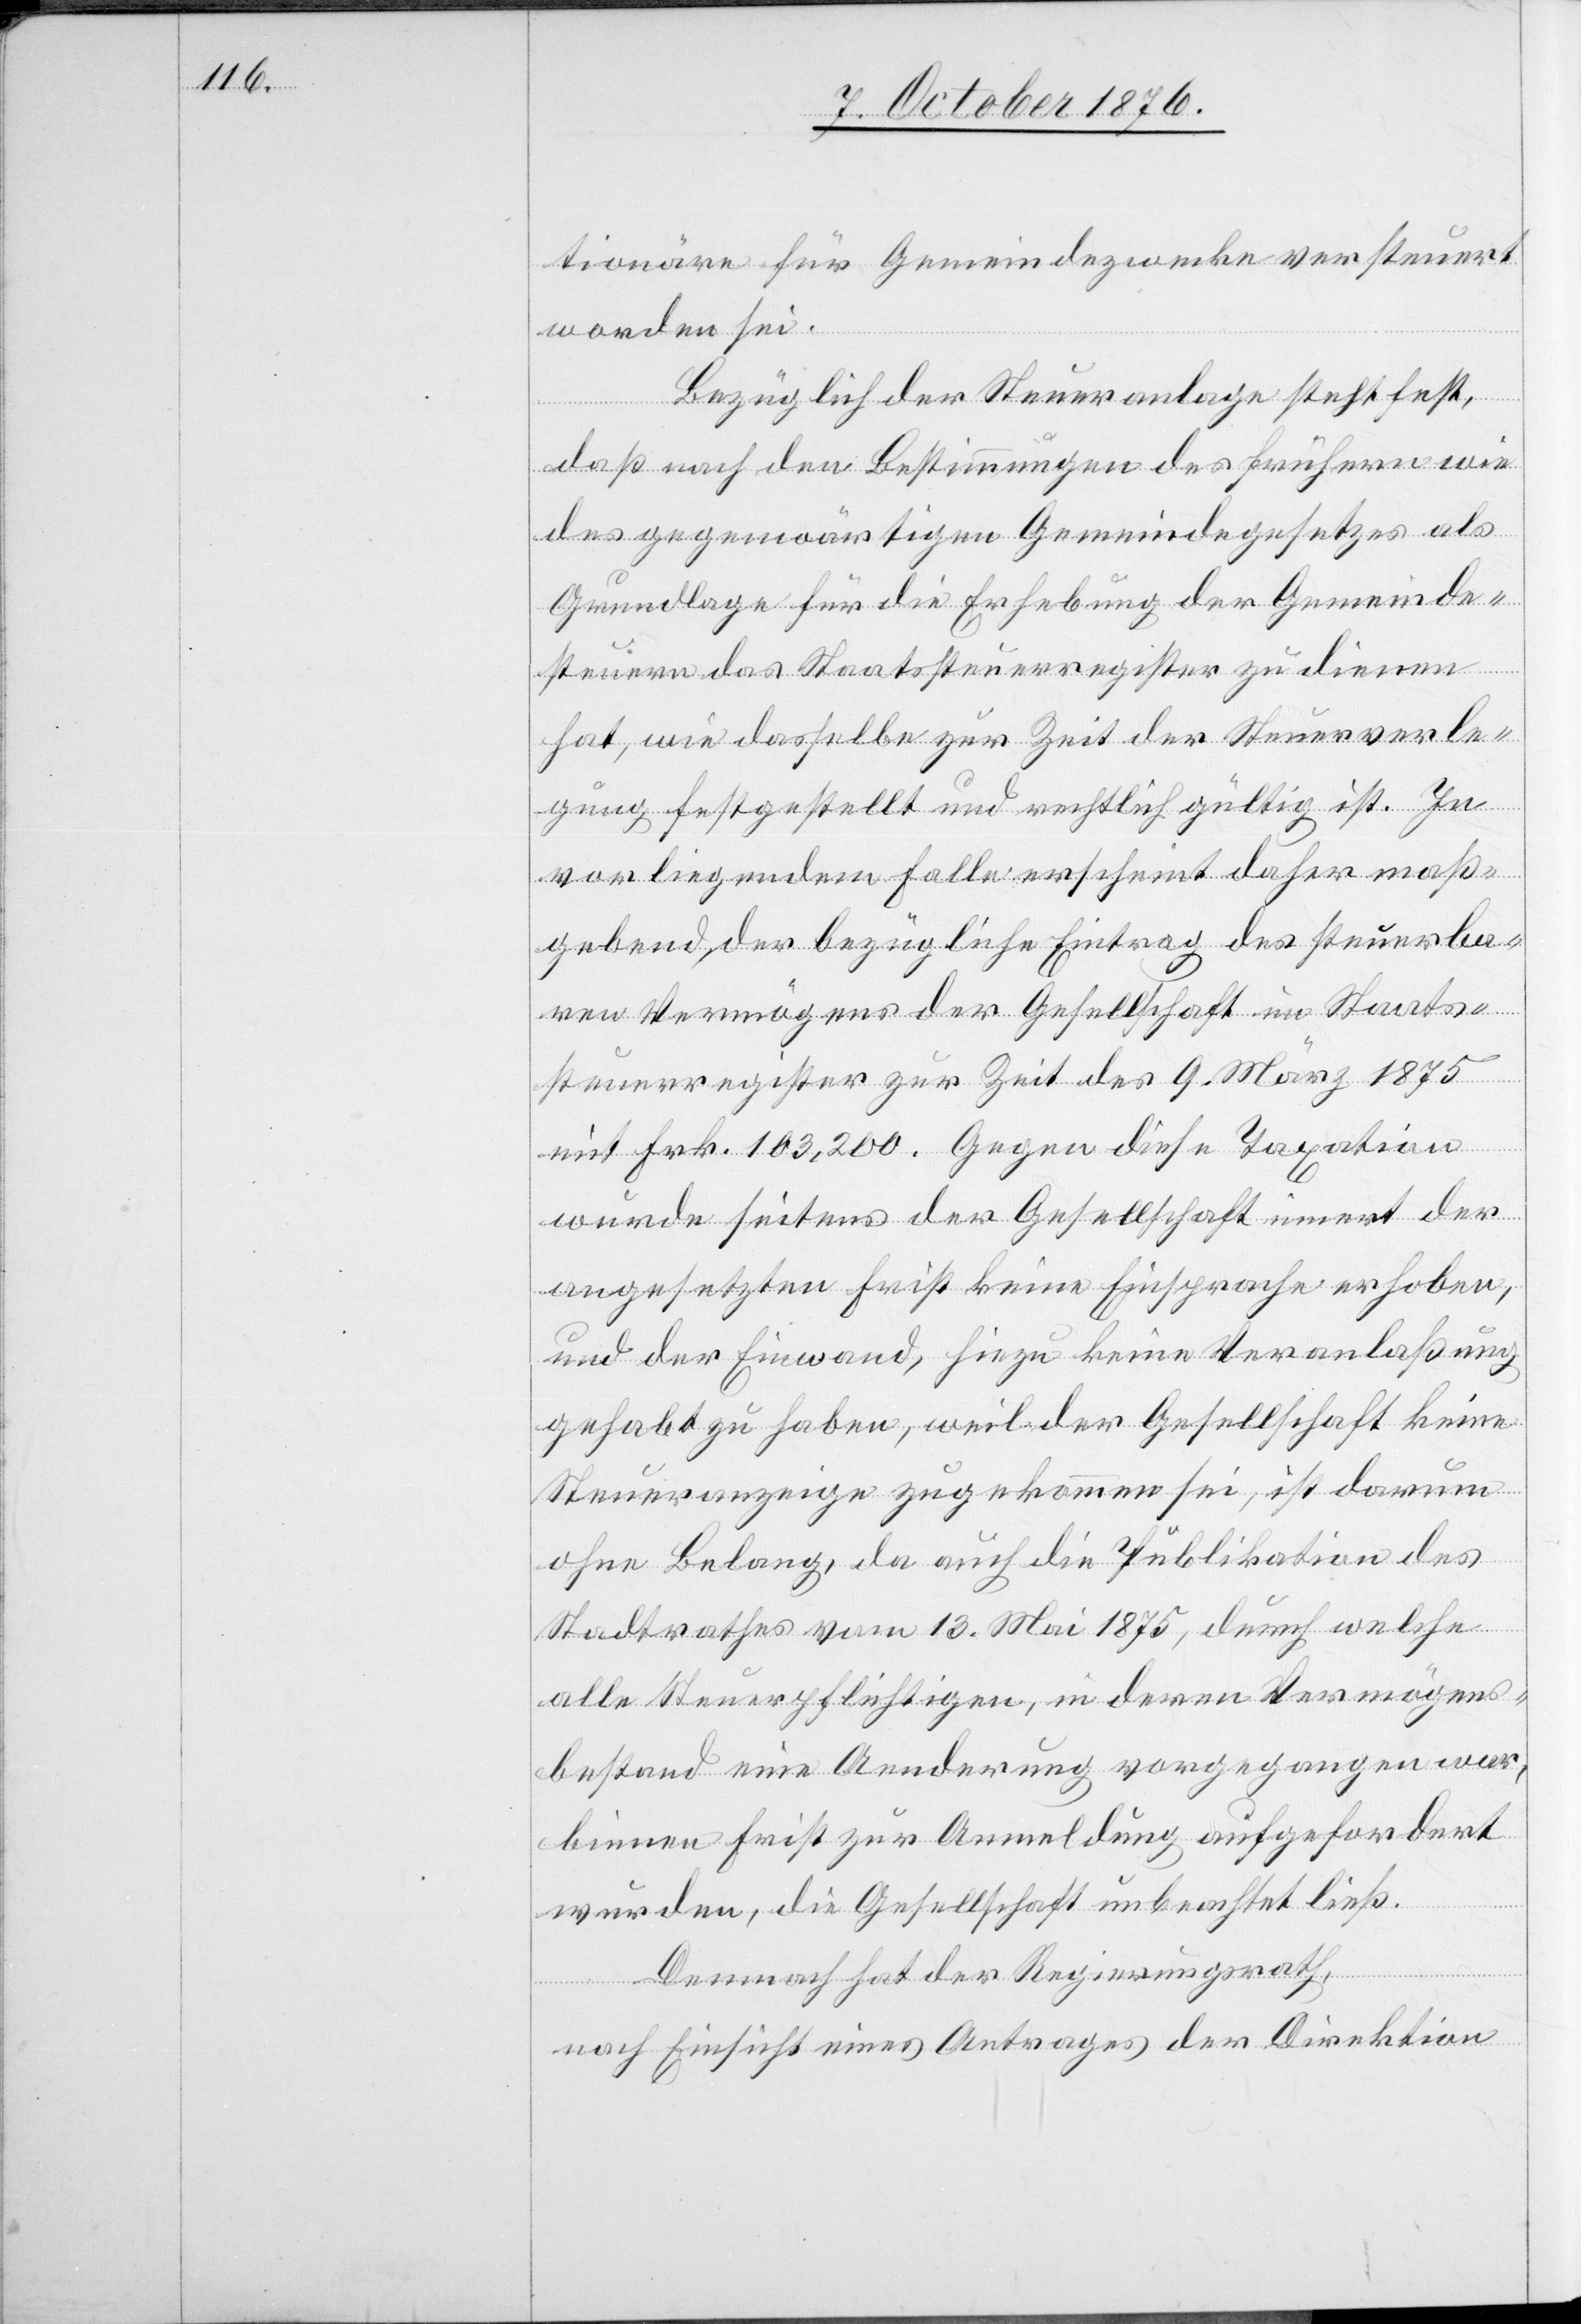
tionäre für Gemeindezwecke versteuert
worden sei.
Bezüglich der Steueranlage steht fest,
daß nach den Bestimmungen des frühern wie
des gegenwärtigen Gemeindegesetzes als
Grundlage für die Erhebung der Gemeinde¬
steuern das Staatssteuerregister zu dienen
hat, wie dasselbe zur Zeit der Steuerverle¬
gung festgestellt und rechtlich gültig ist. In
vorliegendem Falle erscheint daher maß¬
gebend, der bezügliche Eintrag des steuerba¬
ren Vermögens der Gesellschaft im Staats¬
steuerregister zur Zeit des 9. März 1875
mit Frk. 103,200. Gegen diese Taxation
wurde seitens der Gesellschaft innert der
angesetzten Frist keine Einsprache erhoben,
und der Einwand, hiezu keine Veranlaßung
gehabt zu haben, weil der Gesellschaft keine
Steueranzeige zugekommen sei, ist darum
ohne Belang, da auch die Publikation des
Stadtrathes vom 13. Mai 1875, durch welche
alle Steuerpflichtigen, in deren Vermögens¬
bestand eine Aenderung vorgegangen war,
binnen Frist zur Anmeldung aufgefordert
wurde, die Gesellschaft unbeachtet ließ.
Demnach hat der Regierungsrath,
nach Einsicht eines Antrages der Direktion